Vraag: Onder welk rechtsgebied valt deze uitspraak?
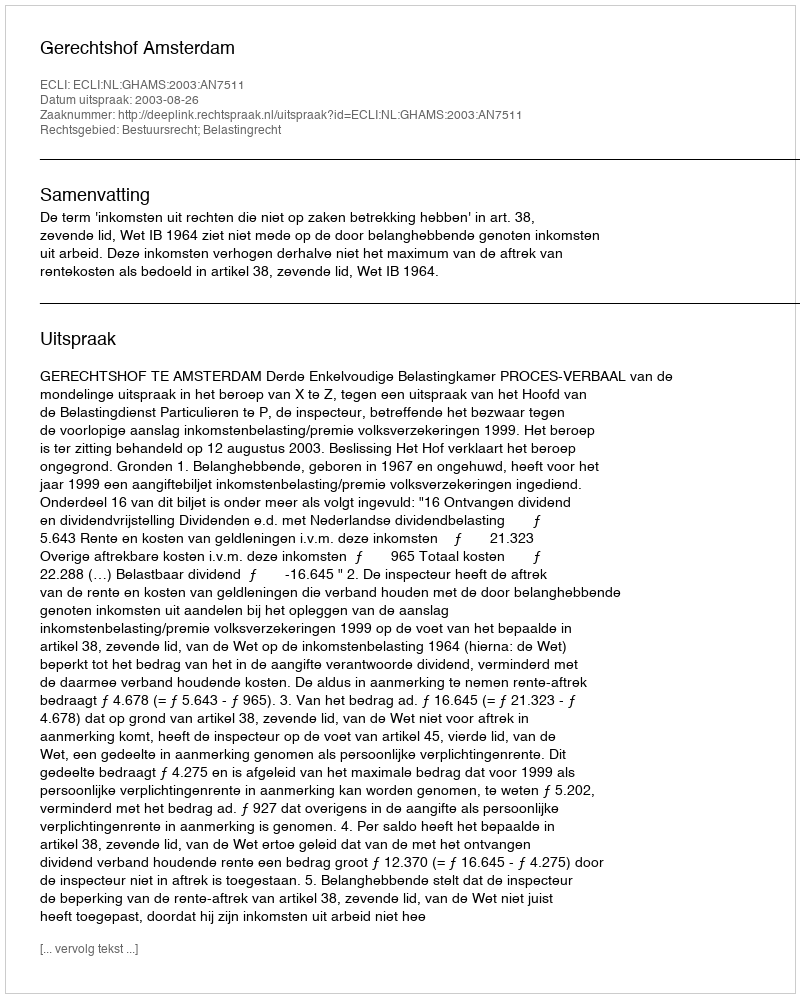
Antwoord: Bestuursrecht; Belastingrecht